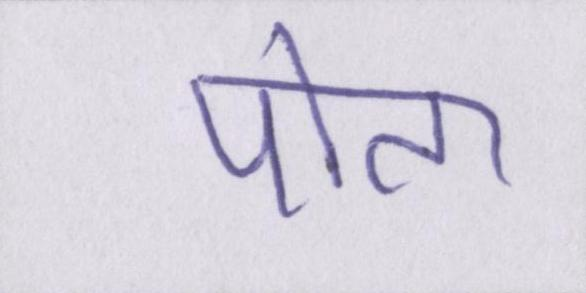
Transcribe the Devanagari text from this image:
पोता